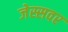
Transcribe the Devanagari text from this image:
जेस्सवर